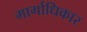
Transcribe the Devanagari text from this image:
मार्गाधिकार